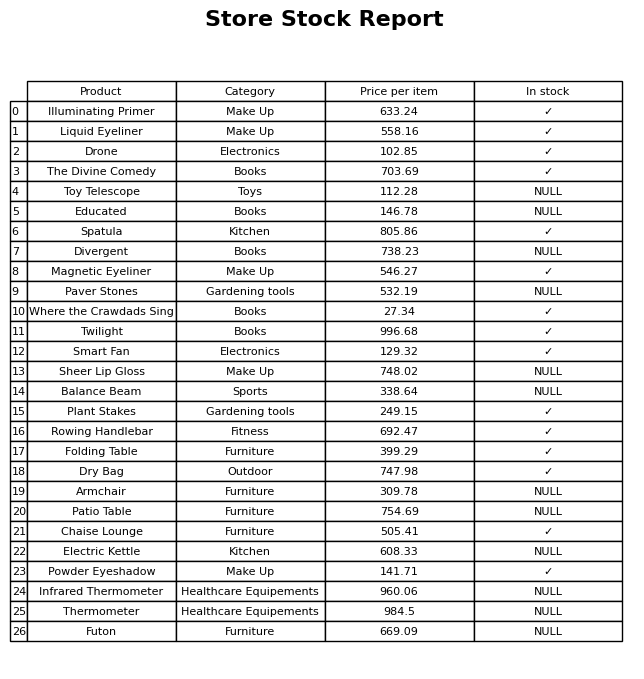
question: Is the Rowing Handlebar in stock?
answer: ✓